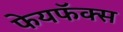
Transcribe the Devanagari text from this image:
फेयफॅक्स